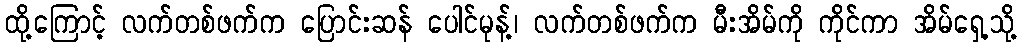
ထို့ကြောင့် လက်တစ်ဖက်က ပြောင်းဆန် ပေါင်မုန့်၊ လက်တစ်ဖက်က မီးအိမ်ကို ကိုင်ကာ အိမ်ရှေ့သို့